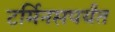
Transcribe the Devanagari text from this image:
टर्मिनसपर्यंत